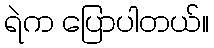
ရဲက ပြောပါတယ်။